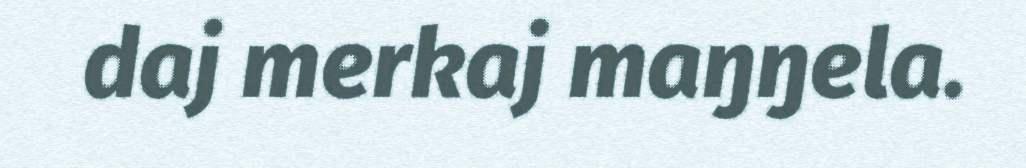
daj merkaj maŋŋela.